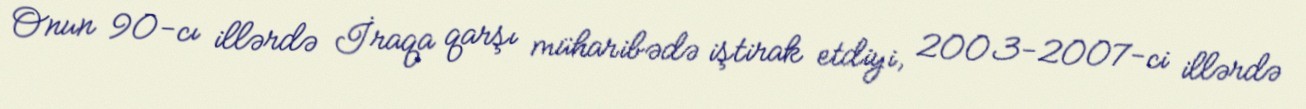
Onun 90-cı illərdə İraqa qarşı müharibədə iştirak etdiyi, 2003-2007-ci illərdə